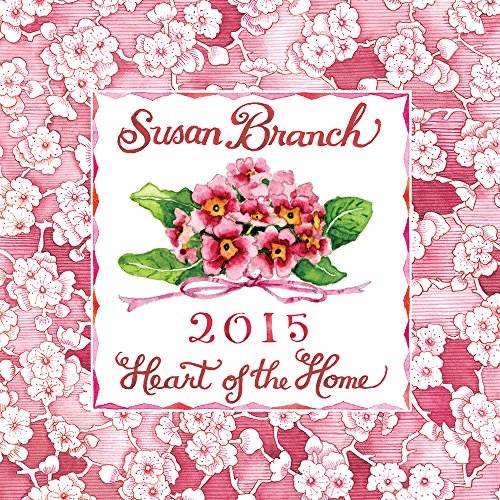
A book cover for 2015 Susan Branch Mini Calendar; TF PUBLISHING; Calendars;